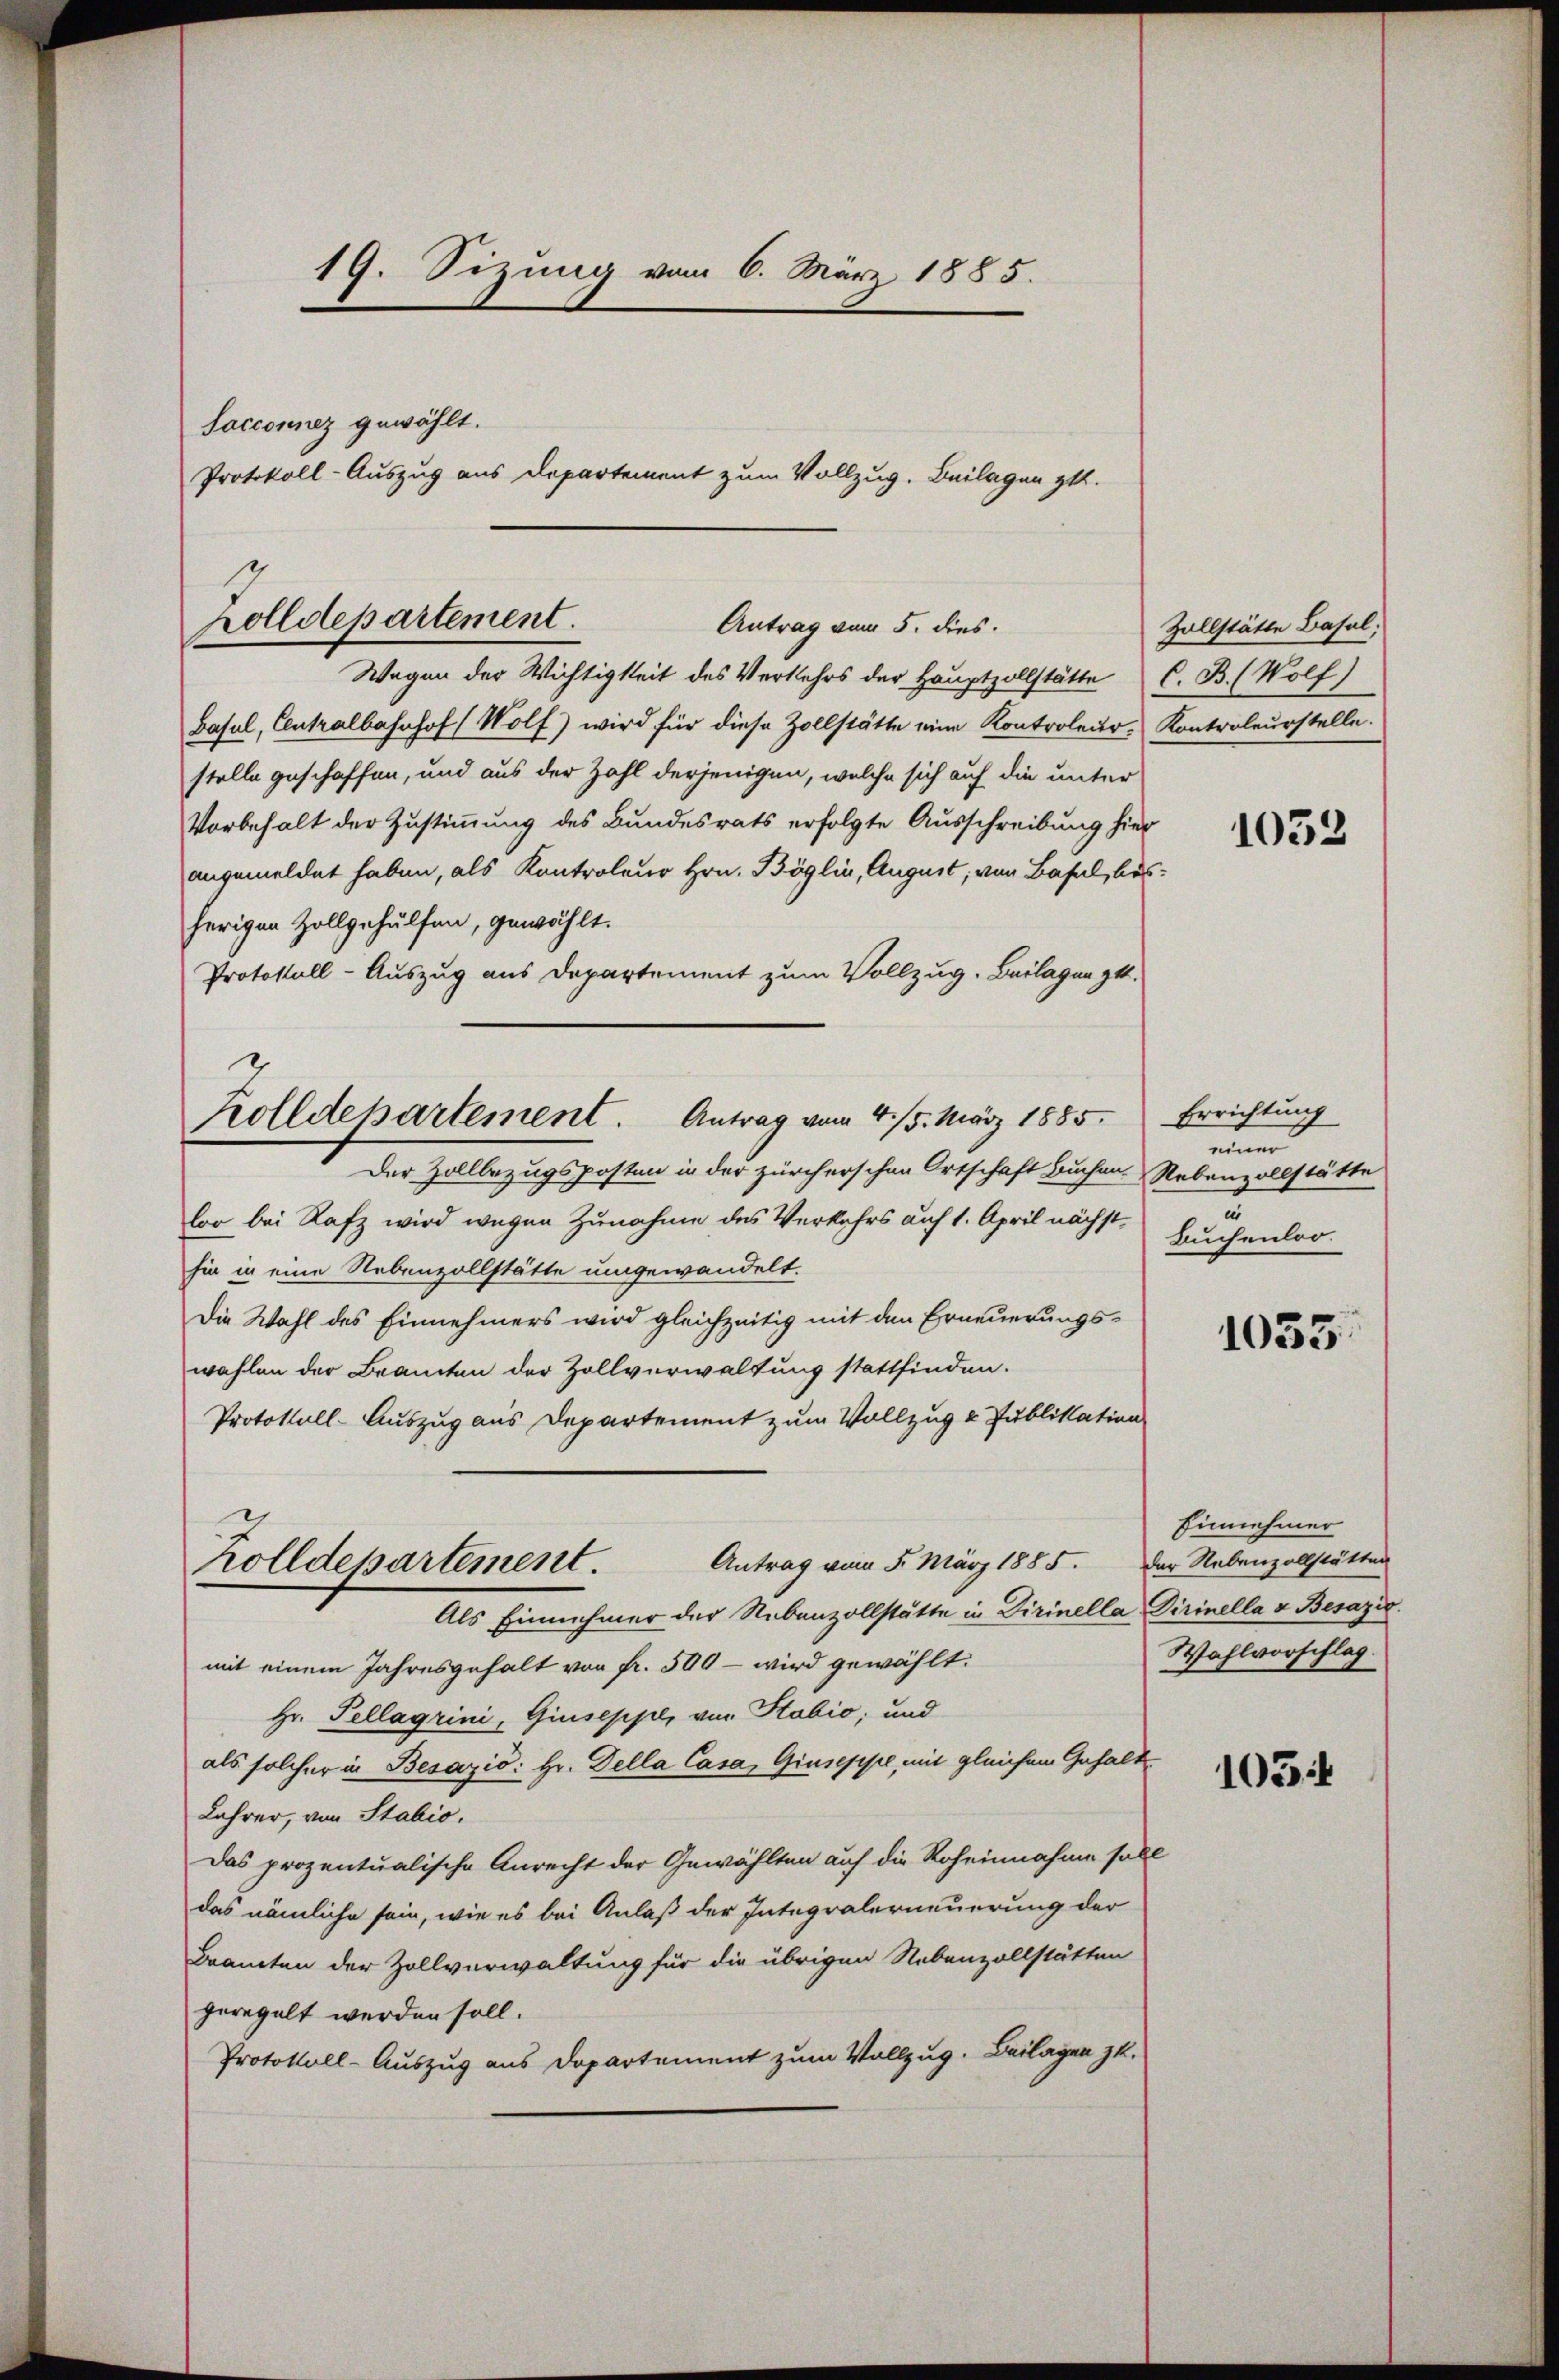
19. Sizung vom 6. März 1885.
Socconnez gewählt.
Protokoll-Auszug aus Departement zum Vollzug. Beilagen zu.

Zolldepartement.
Antrag vom 5. dies.

Wegen der Wichtigkeit des Verkehrs der Hauptzollstätte C. B. (Wolf)
Basel, Centralbahnhof (Wolf) wird für diese Zollstätte eine Kontroleur- Kontroleurstelle.
stelle geschaffen, und aus der Zahl derjenigen, welche sich auf die unter
Vorbehalt der Zustimmung des Bundesrats erfolgte Ausschreibung hier
angemeldet haben, als Kontroleur Hrn. Böglin, August, von Basel, besherigen Zollgehülfen, gewählt.
Protokoll-Auszug aus Departement zum Vollzug. Beilagen gut.
Der Zollbezugsposten in der zürcherschen Ortschaft Buchen. Nebenzollstätte
loo bei Rafz wird wegen Zunahme des Verkehrs auf 1. April nächsthin in eine Nebenzollstätte umgewandelt.
Die Wahl des Einnehmers wird gleichzeitig mit den Erneuerungswahlen der Beamten der Zollverwaltung stattfinden.
Protokoll-Auszug aus Departement zum Vollzug & Publikation
Antrag vom 5. März 1885. Der Nebenzollstätten
Zolldepartement.
Als Einnehmer der Nebenzollstätte in Dirinella Dirinella v. Besazio
mit einem Jahresgehalt von fr. 500 – wird gewählt.
Hr. Pellagrini, Giuseppe, von Stabio, und
als solcher in Besazio: Hr. Della Casa, Giuseppe, mit gleichem Gehalt¬
Lehrer, von Stabio.
Das prozentualische Anrecht der Gewählten auf die Roheinnahme soll
das nämliche sein, wie es bei Anlaß der Integralerneuerung der
Bramten der Zollverwaltung für die übrigen Nebenzollstätten
geregelt werden soll.
Protokoll-Auszug aus Departement zum Vollzug. Beilagen zu.

Zolldepartement. Antrag vom 4/5. März 1885. Errichtung

Zollstätte Basel;

1053

n
u
Buchenloo.

1035.

Einnehmer
Wahlvorschlag

1051